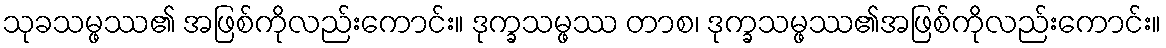
သုခသမ္ဖဿ၏ အဖြစ်ကိုလည်းကောင်း။ ဒုက္ခသမ္ဖဿ တာစ၊ ဒုက္ခသမ္ဖဿ၏အဖြစ်ကိုလည်းကောင်း။